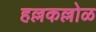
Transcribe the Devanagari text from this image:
हल्लकल्लोळ